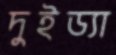
দুইড্যা